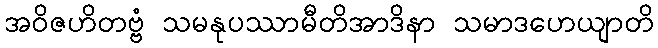
အဝိဇဟိတဗ္ဗံ သမနုပဿာမီတိအာဒိနာ သမာဒဟေယျာတိ